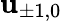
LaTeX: \mathbf{u}_{\pm1,0}